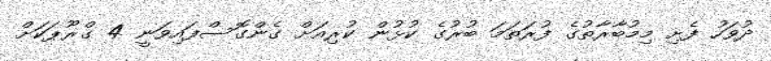
ދުވަހު ފެށި މިމުބާރާތުގެ ފުރަތަމަ ބުރުގެ ކުޅުން ކުރިއަށް ގެންގޮސްފައިވަނީ 4 ގްރޫޕަކަށް